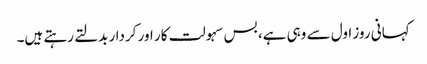
کہانی روز اول سے وہی ہے، بس سہولت کار اور کردار بدلتے رہتے ہیں۔